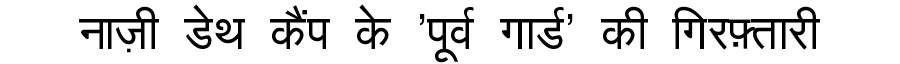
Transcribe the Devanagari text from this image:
नाज़ी डेथ कैंप के 'पूर्व गार्ड' की गिरफ़्तारी